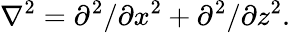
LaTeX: \nabla^{2}=\partial^{2}/\partial x^{2}+\partial^{2}/\partial z^{2}.